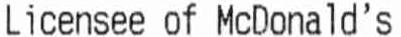
LICENSEE OF MCDONALD'S